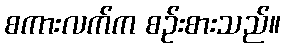
စကားလက်က စဉ်းစားသည်။